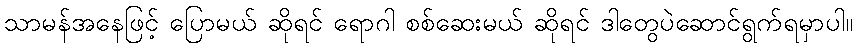
သာမန်အနေဖြင့် ပြောမယ် ဆိုရင် ရောဂါ စစ်ဆေးမယ် ဆိုရင် ဒါတွေပဲဆောင်ရွက်ရမှာပါ။